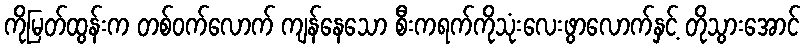
ကိုမြတ်ထွန်းက တစ်ဝက်လောက် ကျန်နေသော စီးကရက်ကိုသုံးလေးဖွာလောက်နှင့် တိုသွားအောင်